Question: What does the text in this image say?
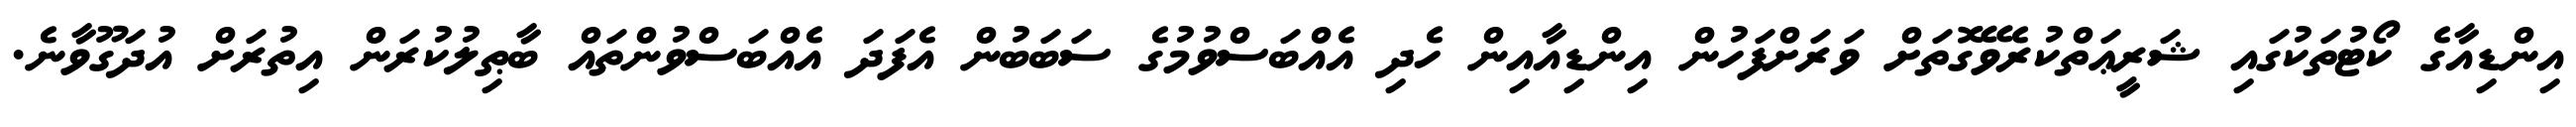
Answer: އިންޑިއާގެ ކޯޓުތަކުގައި ޝަރީޢަތްކުރެވޭގޮތަށް ވަރަށްފަހުން އިންޑިއާއިން ހެދި އެއްބަސްވުމުގެ ސަބަބުން އެފަދަ އެއްބަސްވުންތައް ބާޠިލުކުރަން އިތުރަށް އުދަގޫވާނެ.